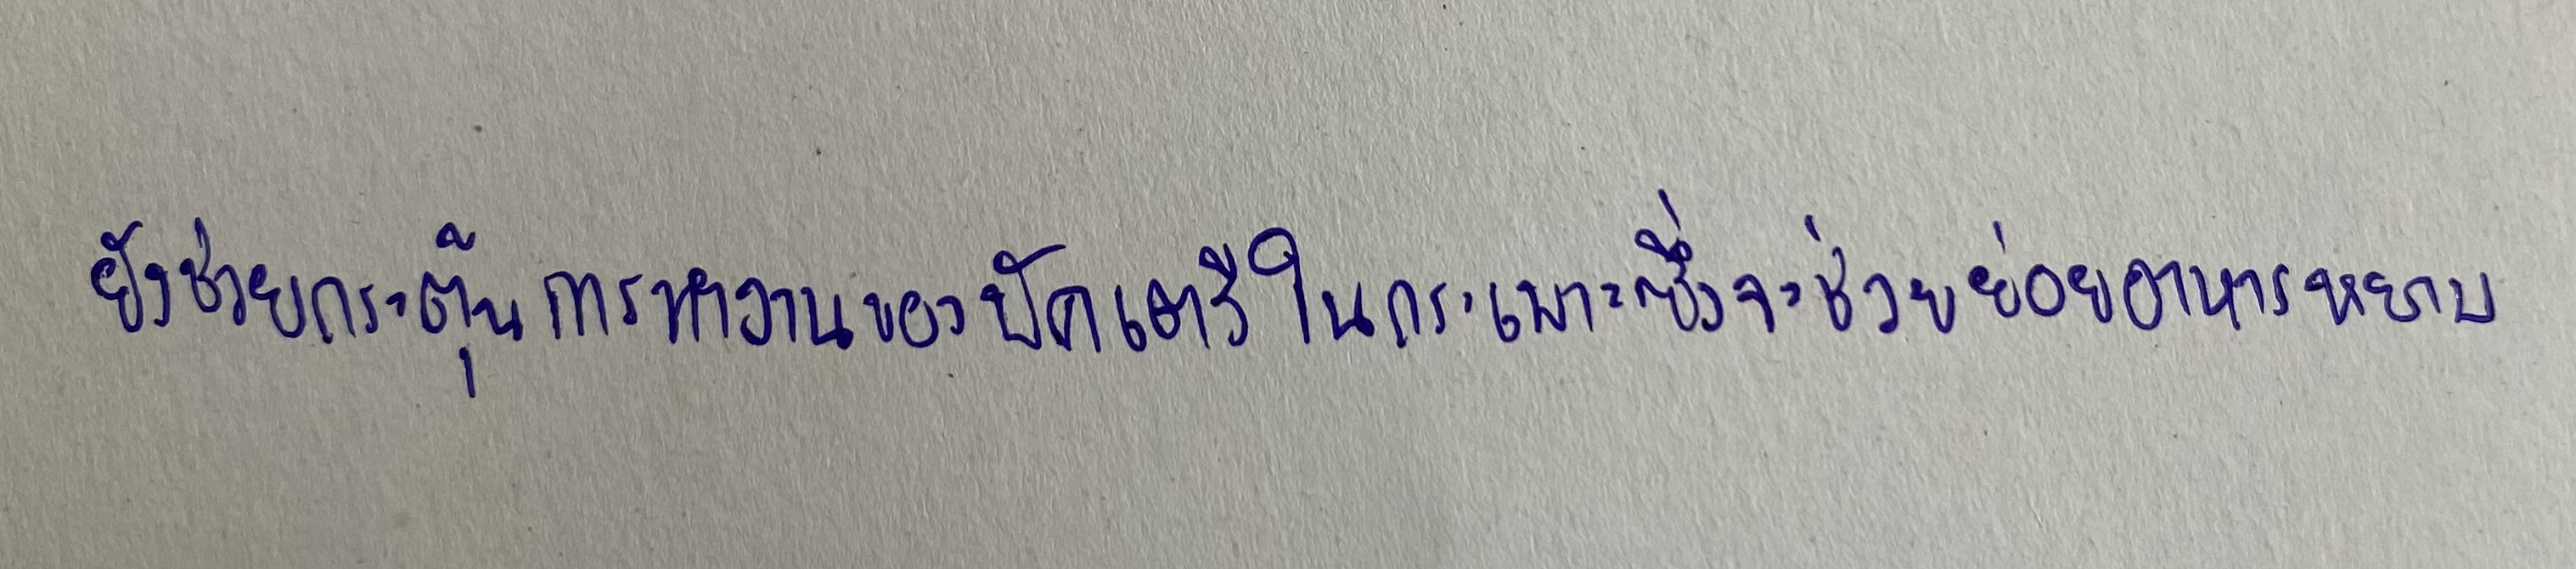
ยังช่วยกระตุ้นการทำงานของบัคเตรีในกระเพาะซึ่งจะช่วยย่อยอาหารหยาบ